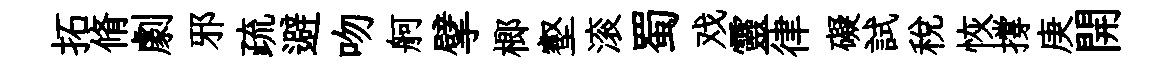
拓脩劇邪疏避吻舸擘榔壑滚蜀戏靈律礙試稅恢撐庚開